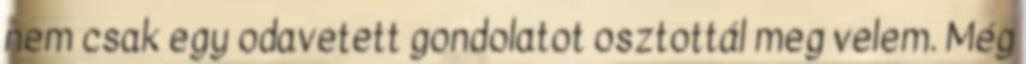
nem csak egy odavetett gondolatot osztottál meg velem. Még